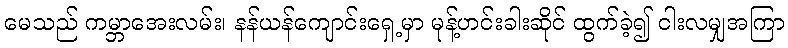
မေသည် ကမ္ဘာအေးလမ်း၊ နန်ယန်ကျောင်းရှေ့မှာ မုန့်ဟင်းခါးဆိုင် ထွက်ခဲ့၍ ငါးလမျှအကြာ